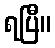
ရပြီ။